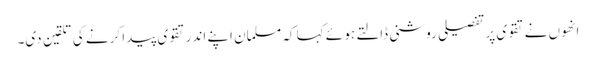
انھوں نے تقوی پر تفصیلی روشنی ڈالتے ہو ئے کہا کہ مسلمان اپنے اندر تقوی پیدا کرنے کی تلقین دی۔